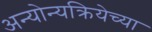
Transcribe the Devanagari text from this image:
अन्योन्यक्रियेच्या